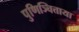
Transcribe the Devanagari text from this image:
पुणिञ्चित्ताया